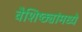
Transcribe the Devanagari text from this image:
वैशिष्ठ्यांमध्ये